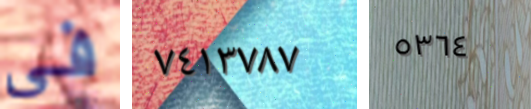
فى ٧٤١٣٧٨٧ ٥٣٦٤